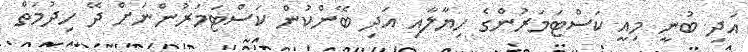
އަދި ބުނީ މިއީ ކަސްޓަމަރުންގެ ހިޔާލާއި އަދި ބޭންކުން ކަސްޓަމަރުންނަށް ދޭ ހިދުމަތް